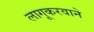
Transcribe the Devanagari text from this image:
लागूकरवाने